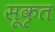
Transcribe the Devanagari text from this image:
सूकृत